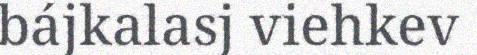
bájkalasj viehkev